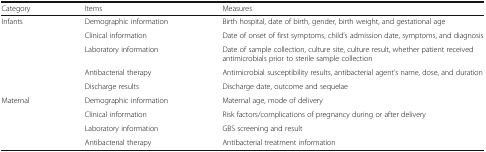
<table><thead><tr><td><b>Category</b></td><td><b>Items</b></td><td><b>Measures</b></td></tr></thead><tbody><tr><td>Infants</td><td>Demographic information</td><td>Birth hospital, date of birth, gender, birth weight, and gestational age</td></tr><tr><td>[EMPTY_CELL]</td><td>Clinical information</td><td>Date of onset of first symptoms, child’s admission date, symptoms, and diagnosis</td></tr><tr><td>[EMPTY_CELL]</td><td>Laboratory information</td><td>Date of sample collection, culture site, culture result, whether patient received antimicrobials prior to sterile sample collection</td></tr><tr><td>[EMPTY_CELL]</td><td>Antibacterial therapy</td><td>Antimicrobial susceptibility results, antibacterial agent’s name, dose, and duration</td></tr><tr><td>[EMPTY_CELL]</td><td>Discharge results</td><td>Discharge date, outcome and sequelae</td></tr><tr><td>Maternal</td><td>Demographic information</td><td>Maternal age, mode of delivery</td></tr><tr><td>[EMPTY_CELL]</td><td>Clinical information</td><td>Risk factors/complications of pregnancy during or after delivery</td></tr><tr><td>[EMPTY_CELL]</td><td>Laboratory information</td><td>GBS screening and result</td></tr><tr><td>[EMPTY_CELL]</td><td>Antibacterial therapy</td><td>Antibacterial treatment information</td></tr></tbody></table>